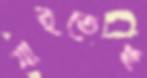
যাইতেছ